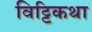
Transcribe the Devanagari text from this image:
विट्टिकथा